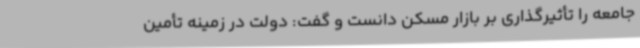
جامعه را تأثیرگذاری بر بازار مسکن دانست و گفت: دولت در زمینه تأمین